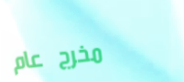
مخرج عام